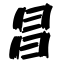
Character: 昌